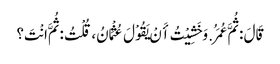
قَالَ : ثُمَّ عُمَرُ. وَخَشِیْتُ أَنْ یَقُوْلَ عُثْمَانُ، قُلْتُ : ثُمَّ انْتَ؟